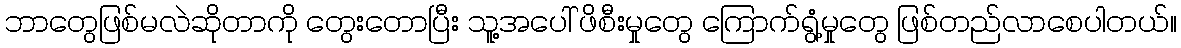
ဘာတွေဖြစ်မလဲဆိုတာကို တွေးတောပြီး သူ့အပေါ် ဖိစီးမှုတွေ ကြောက်ရွံ့မှုတွေ ဖြစ်တည်လာစေပါတယ်။